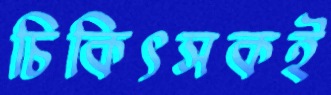
চিকিৎসকই